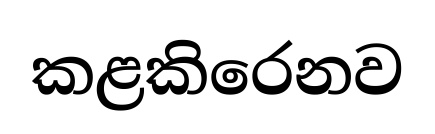
කළකිරෙනව